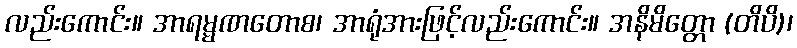
လည်းကောင်း။ အာရမ္မဏတောစ၊ အာရုံအားဖြင့်လည်းကောင်း။ အနိမိတ္တော (တိပိ)၊